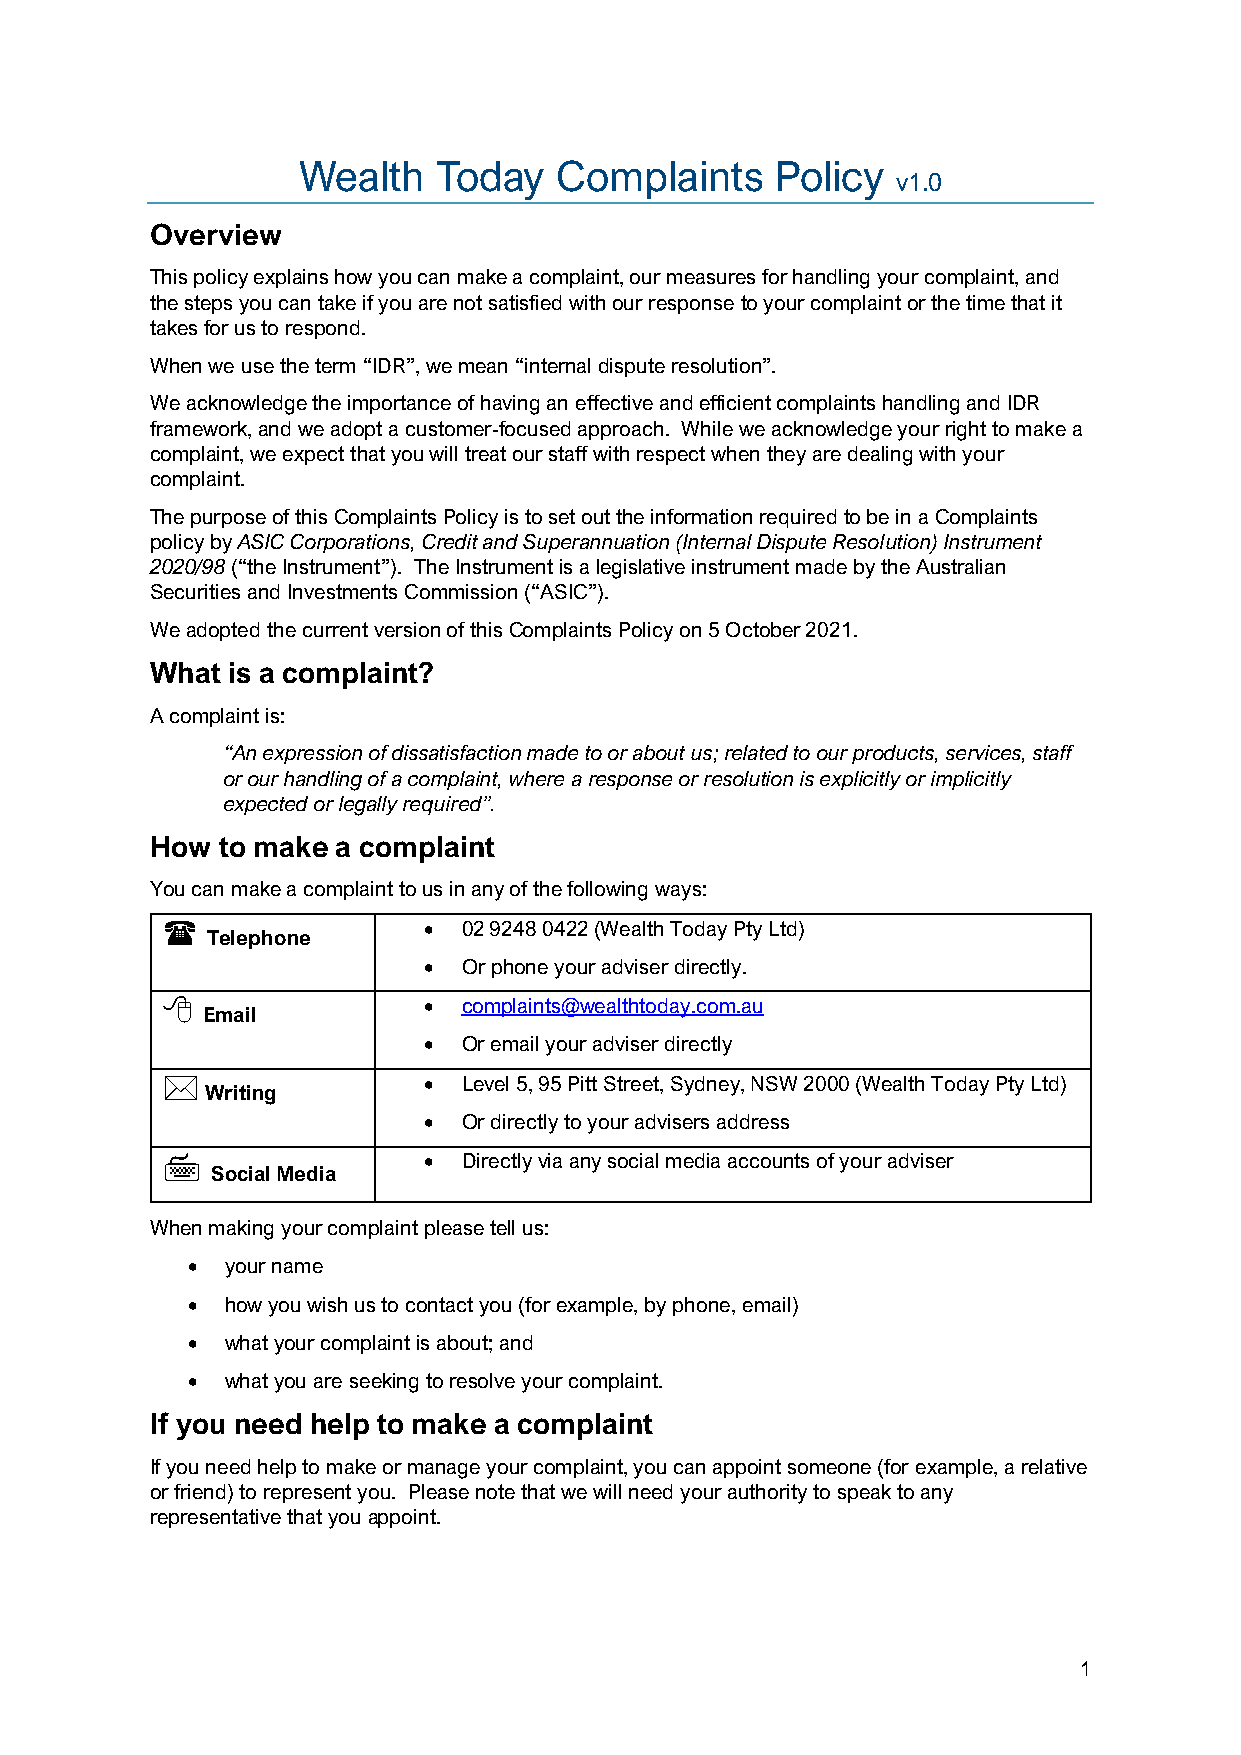
Wealth   Today   Complaints    Policy
 v1.0
 Overview
 This policy explains how you can make a complaint, our measures for handling your complaint, and
 the steps you can take if you are not satisfied with our response to your complaint or the time that it
 takes for us to respond.
 When we use the term “IDR”, we mean “internal dispute resolution”.
 We acknowledge the importance of having an effective and efficient complaints handling and IDR
 framework, and we adopt a customer-focused approach. While we acknowledge your right to make a
 complaint, we expect that you will treat our staff with respect when they are dealing with your
 complaint.
 The purpose of this Complaints Policy is to set out the information required to be in a Complaints
 policy by ASIC Corporations, Credit and Superannuation (Internal Dispute Resolution) Instrument
 2020/98 (“the Instrument”). The Instrument is a legislative instrument made by the Australian
 Securities and Investments Commission (“ASIC”).
 We adopted the current version of this Complaints Policy on 5 October 2021.
 What is a complaint?
 A complaint is:
 “An expression of dissatisfaction made to or about us; related to our products, services, staff
 or our handling of a complaint, where a response or resolution is explicitly or implicitly
 expected or legally required”.
 How to make a complaint
 You can make a complaint to us in any of the following ways:
                 •  02 9248 0422 (Wealth Today Pty Ltd)
 Telephone
 •  Or phone your adviser directly.
                 •  complaints@wealthtoday.com.au
 Email
 •  Or email your adviser directly
                 •  Level 5, 95 Pitt Street, Sydney, NSW 2000 (Wealth Today Pty Ltd)
 Writing
 •  Or directly to your advisers address
                 •  Directly via any social media accounts of your adviser
 Social Media
 When making your complaint please tell us:
 •  your name
 •  how you wish us to contact you (for example, by phone, email)
 •  what your complaint is about; and
 •  what you are seeking to resolve your complaint.
 If you need help to make a complaint
 If you need help to make or manage your complaint, you can appoint someone (for example, a relative
 or friend) to represent you. Please note that we will need your authority to speak to any
 representative that you appoint.
 1